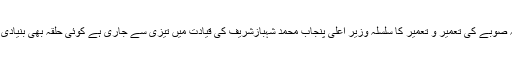
اپنے ایک بیان میں انہوں نے کہا کہ صوبے کی تعمیر و تعمیر کا سلسلہ وزیر اعلی پنجاب محمد شہبازشریف کی قیادت میں تیزی سے جاری ہے کوئی حلقہ بھی بنیادی سہولتوں سے محروم نہیں رہے گا ۔